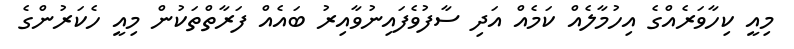
މިއީ ކިހާވަރެއްގެ އިހުމާލެއް ކަމެއް އަދި ސާފުވެފައިނުވާއިރު ބައެއް ފަރާތްތަކުން މިއީ ހެކަރުންގެ